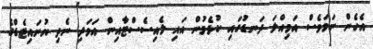
އެހެން ނަމަވެސް އަމިއްލަ ދަނޑުގައި ކުޅެމުން އައި ލެއިސެސްޓާއިން އަވަދި ނެތި ޔުނައިޓެޑްގެ